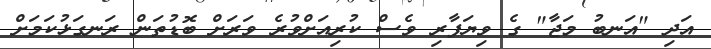
އަދި "އަނބު މަޖާ" ގެ ވިޔަފާރި ވެސް ކުރިއަށްވުރެ ވަރަށް ބޮޑުތަން ރަނގަޅުކަމަށް